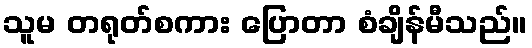
သူမ တရုတ်စကား ပြောတာ စံချိန်မီသည်။